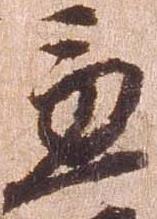
兼